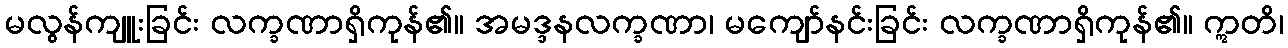
မလွန်ကျူးခြင်း လက္ခဏာရှိကုန်၏။ အမဒ္ဒနလက္ခဏာ၊ မကျော်နင်းခြင်း လက္ခဏာရှိကုန်၏။ ဣတိ၊